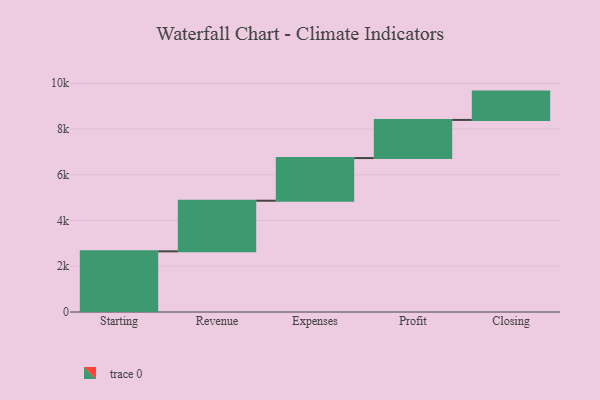
{"axis": {"x": "Step", "y": "Value"}, "legend": [""], "data": [{"x": "Starting", "y": 2652.0, "type": ""}, {"x": "Revenue", "y": 2213.0, "type": ""}, {"x": "Expenses", "y": 1864.0, "type": ""}, {"x": "Profit", "y": 1668.0, "type": ""}, {"x": "Closing", "y": 1238.0, "type": ""}]}